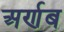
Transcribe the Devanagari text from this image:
अर्णब